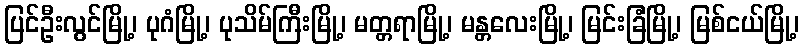
ပြင်ဦးလွင်မြို့၊ ပုဂံမြို့၊ ပုသိမ်ကြီးမြို့၊ မတ္တရာမြို့၊ မန္တလေးမြို့၊ မြင်းခြံမြို့၊ မြစ်ငယ်မြို့၊